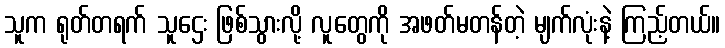
သူက ရုတ်တရက် သူဌေး ဖြစ်သွားလို့ လူတွေကို အဖတ်မတန်တဲ့ မျက်လုံးနဲ့ ကြည့်တယ်။